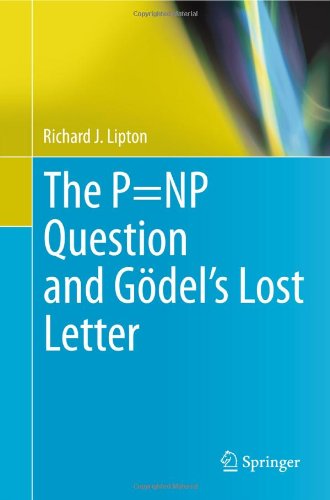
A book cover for The P=NP Question and GÃ¶del's Lost Letter; Richard J. Lipton; Science & Math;